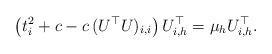
LaTeX: \begin{align*}\left( t_i^2 + c - c \, (U^\top U)_{i,i} \right) U^\top_{i,h} = \mu_h U^\top_{i,h}.\end{align*}